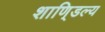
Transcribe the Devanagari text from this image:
शाणि्डल्य